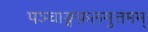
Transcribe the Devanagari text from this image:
पञ्चाङ्गफ़लमुत्तमम्